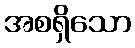
အစရှိသော